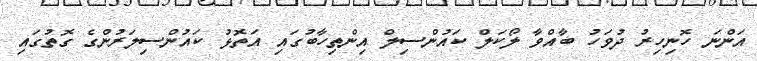
އަންނަ ހޮނިހިރު ދުވަހު ބާއްވާ ލޯކަލް ކައުންސިލް އިންތިހާބުގައި އަތޮޅު ކައުންސިލަރުންގެ ގޮތުގައި